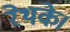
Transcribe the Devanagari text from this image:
रेथके।